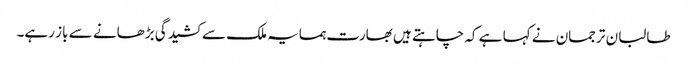
طالبان ترجمان نے کہا ہے کہ چاہتے ہیں بھارت ہمسایہ ملک سے کشیدگی بڑھانے سے باز رہے۔